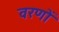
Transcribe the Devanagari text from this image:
वरणों